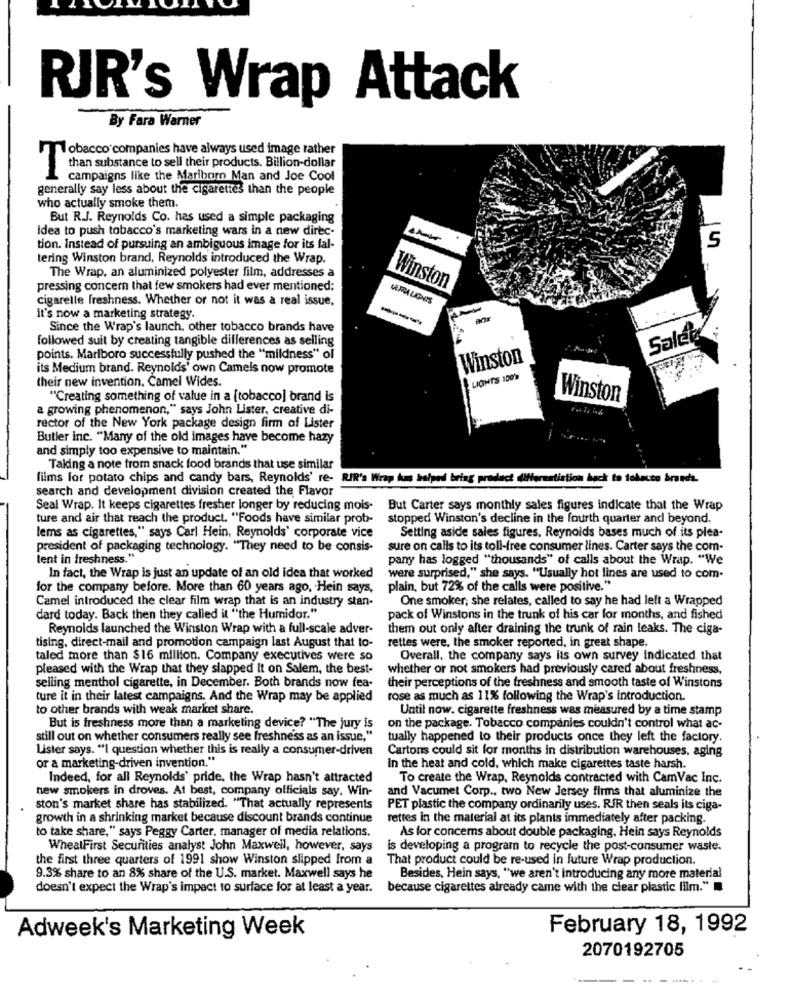
RIR's Wrap Attack
By Fara Warner
7Tobacco companies have always used image rather
than substance to sell their products. Billion-dollar
campaigns like the Marlboro Man and Joe Cool
generally say less about the cigarettes than the people
who actually smoke them.
But R.J. Reynolds Co. has used a simple packaging
idea to push tobacco's marketing wars in a new direc-
5
tion. Instead of pursuing an ambiguous image for its fal-
tering Winston brand, Reynolds introduced the Wrap.
The Wrap. an aluminized polyester film, addresses a
pressing concern that few smokers had ever mentioned:
Winston
cigarelle freshness. Whether or not it was a real issue,
it's now a marketing strategy.
Since the Wrap's launch. other tobacco brands have
followed suit by creating tangible differences as selling
Sale
points. Marlboro successfully pushed the "mildness" of
Winston
its Medium brand. Reynolds' own Camels now promote
their new invention. Camel Wides.
LIGHTS 100Y
"Creating something of value in a [tobacco] brand is
Winston
a growing phenomenon," says John Lister, creative di-
rector of the New York package design firm of Lister
Butler inc. "Many of the old images have become hazy
and simply too expensive to maintain."
Taking a note from snack food brands that use similar
films for potato chips and candy bars, Reynolds' re- RIR's Wrap has helped bring product differentiation back to folate brands.
search and development division created the Flavor
Seal Wrap. It keeps cigarettes fresher longer by reducing mois-
But Carter says monthly sales figures indicate that the Wrap
ture and air that reach the product. "Foods have similar prob-
stopped Winston's decline in the fourth quarter and beyond.
Setting aside sales figures, Reynolds bases much of its plea-
lems as cigarettes," says Carl Hein. Reynolds' corporate vice
president of packaging technology. "They need to be consis-
sure on calls to its toll-free consumer lines. Carter says the com-
lent in freshness."
pany has logged "thousands" of calls about the Wrap. "We
In fact, the Wrap is just an update of an old idea that worked
were surprised," she says. "Usually hot lines are used to com-
for the company before. More than 60 years ago, Hein says,
plain, but 72% of the calls were positive."
Camel introduced the clear film wrap that is an industry stan-
One smoker; she relates, called to say he had left a Wrapped
dard today. Back then they called it "the Humidor."
pack of Winstons in the trunk of his car for months, and fished
Reynolds launched the Winston Wrap with a full-scale adver-
them out only after draining the trunk of rain leaks. The ciga-
tising, direct-mail and promotion campaign last August that to-
rettes were, the smoker reported, in great shape.
taled more than $16 million. Company executives were so
Overall, the company says its own survey indicated that
pleased with the Wrap that they slapped It on Salem, the best-
whether or not smokers had previously cared about freshness,
selling menthol cigarette, in December. Both brands now fea-
their perceptions of the freshness and smooth taste of Winstons
ture it in their latest campaigns. And the Wrap may be applied
rose as much as 11% following the Wrap's introduction.
to other brands with weak market share.
Until now, cigarette freshness was measured by a time stamp
But is freshness more than a marketing device? "The jury is
on the package. Tobacco companies couldn't control what ac-
still out on whether consumers really see freshness as an issue,"
tually happened to their products once they left the factory.
Lister says. "I question whether this is really a consumer-driven
Cartons could sit for months in distribution warehouses, aging
or a marketing-driven invention."
In the heat and cold, which make cigarettes taste harsh.
Indeed, for all Reynolds' pride, the Wrap hasn't attracted
To create the Wrap, Reynolds contracted with CamVac Inc.
new smokers in droves. At best, company officials say. Win-
and Vacumet Corp ., two New Jersey firms that aluminize the
ston's market share has stabilized. "That actually represents
PET plastic the company ordinarily uses. RIR then seals its ciga-
growth in a shrinking market because discount brands continue
rettes in the material at its plants immediately after packing.
to take share," says Peggy Carter, manager of media relations.
As for concerns about double packaging. Hein says Reynolds
WheatFirst Securities analyst John Maxwell, however, says
is developing a program to recycle the post-consumer waste.
the first three quarters of 1991 show Winston slipped Irom a
That product could be re-used in future Wrap production.
9.3% share to an 8% share of the U.S. market. Maxwell says he
Besides, Hein says, "we aren't introducing any more material
doesn't expect the Wrap's impact to surface for at least a year. because cigarettes already came with the clear plastic film."
Adweek's Marketing Week
February 18, 1992
2070192705